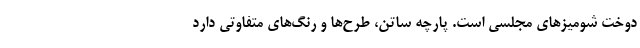
دوخت شومیزهای مجلسی است. پارچه ساتن، طرح‌ها و رنگ‌های متفاوتی دارد